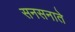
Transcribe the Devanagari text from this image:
सनसनाते